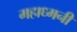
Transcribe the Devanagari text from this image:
महाध्मनी